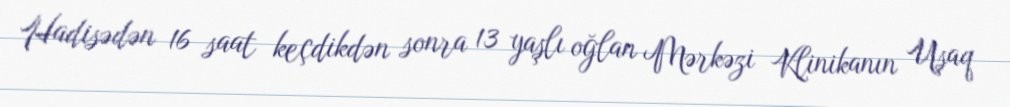
Hadisədən 16 saat keçdikdən sonra 13 yaşlı oğlan Mərkəzi Klinikanın Uşaq